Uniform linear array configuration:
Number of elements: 16
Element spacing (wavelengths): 1
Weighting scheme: kaiser
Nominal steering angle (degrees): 15
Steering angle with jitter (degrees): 15.525
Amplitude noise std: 0.05
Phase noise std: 0.05

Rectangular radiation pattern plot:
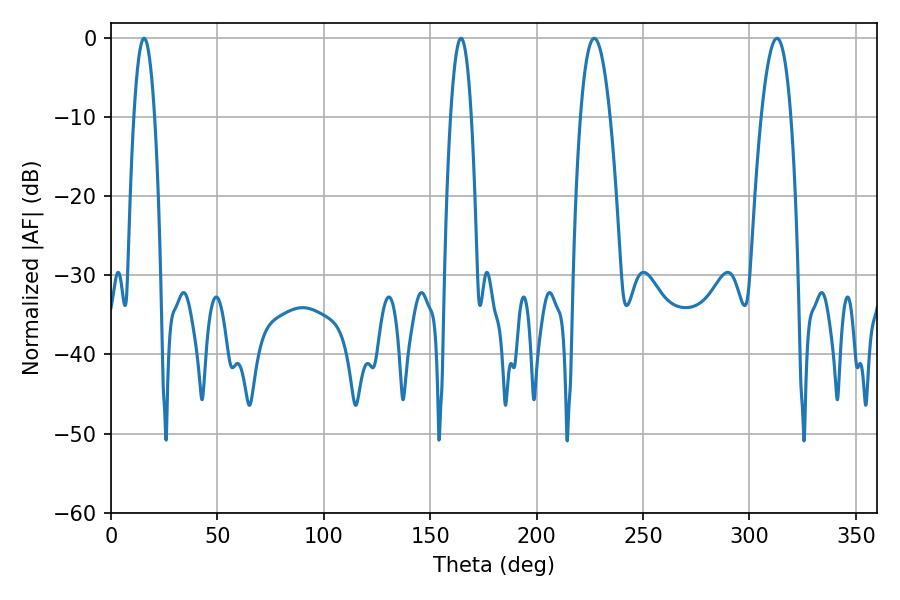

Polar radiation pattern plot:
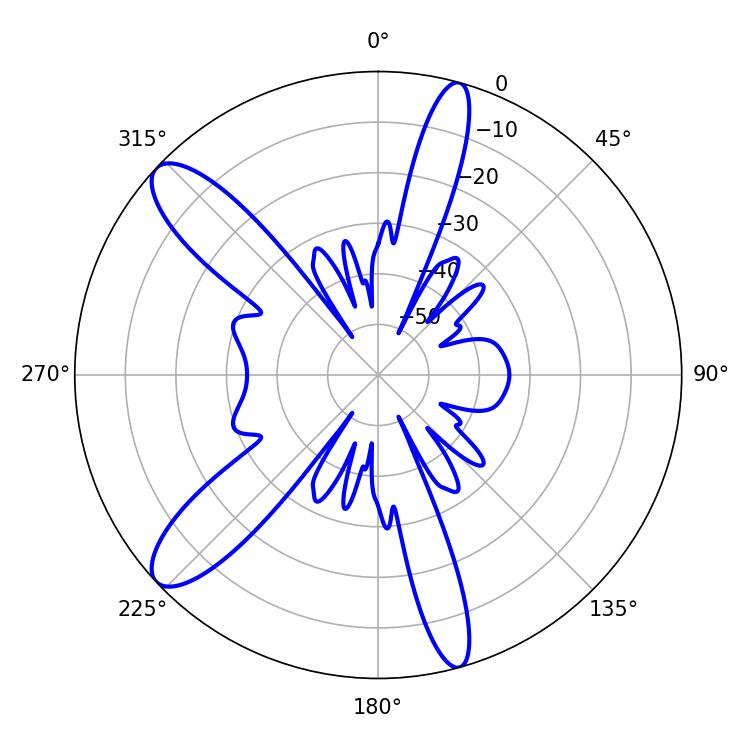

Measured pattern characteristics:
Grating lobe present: TRUE
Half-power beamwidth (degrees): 5.22
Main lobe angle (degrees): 15.48